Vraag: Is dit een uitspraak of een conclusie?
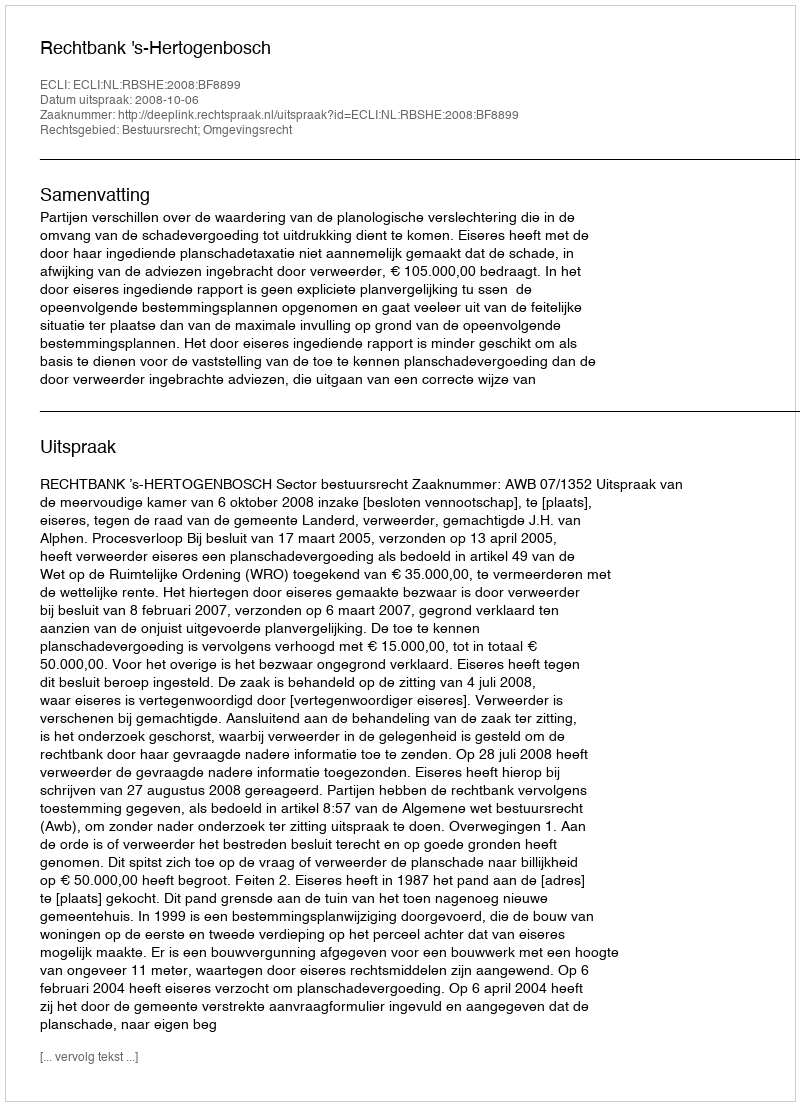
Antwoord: Uitspraak